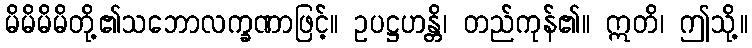
မိမိမိမိတို့၏သဘောလက္ခဏာဖြင့်။ ဥပဋ္ဌဟန္တိ၊ တည်ကုန်၏။ ဣတိ၊ ဤသို့။